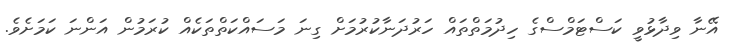
އޭނާ ވިދާޅުވީ ކަސްޓަމްސްގެ ހިދުމަތްތައް ހަރުދަނާކުރުމަށް ގިނަ މަސައްކަތްތަކެއް ކުރަމުން އަންނަ ކަމަށެވެ.